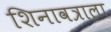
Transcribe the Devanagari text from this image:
शिनावत्राला